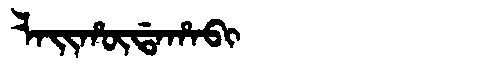
Manchu: ᠯᠠᡳᡥᡡᡩᠠᡥᠠᠪᡳ
Romanization: LAIHŪDAHABI